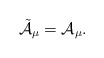
\begin{align*}{\tilde{\cal A}}_{\mu} = {\cal A}_{\mu}. \end{align*}